65_HS1-834228961_62-HQ-83894_Section_4
Agency: FBI
Page 62
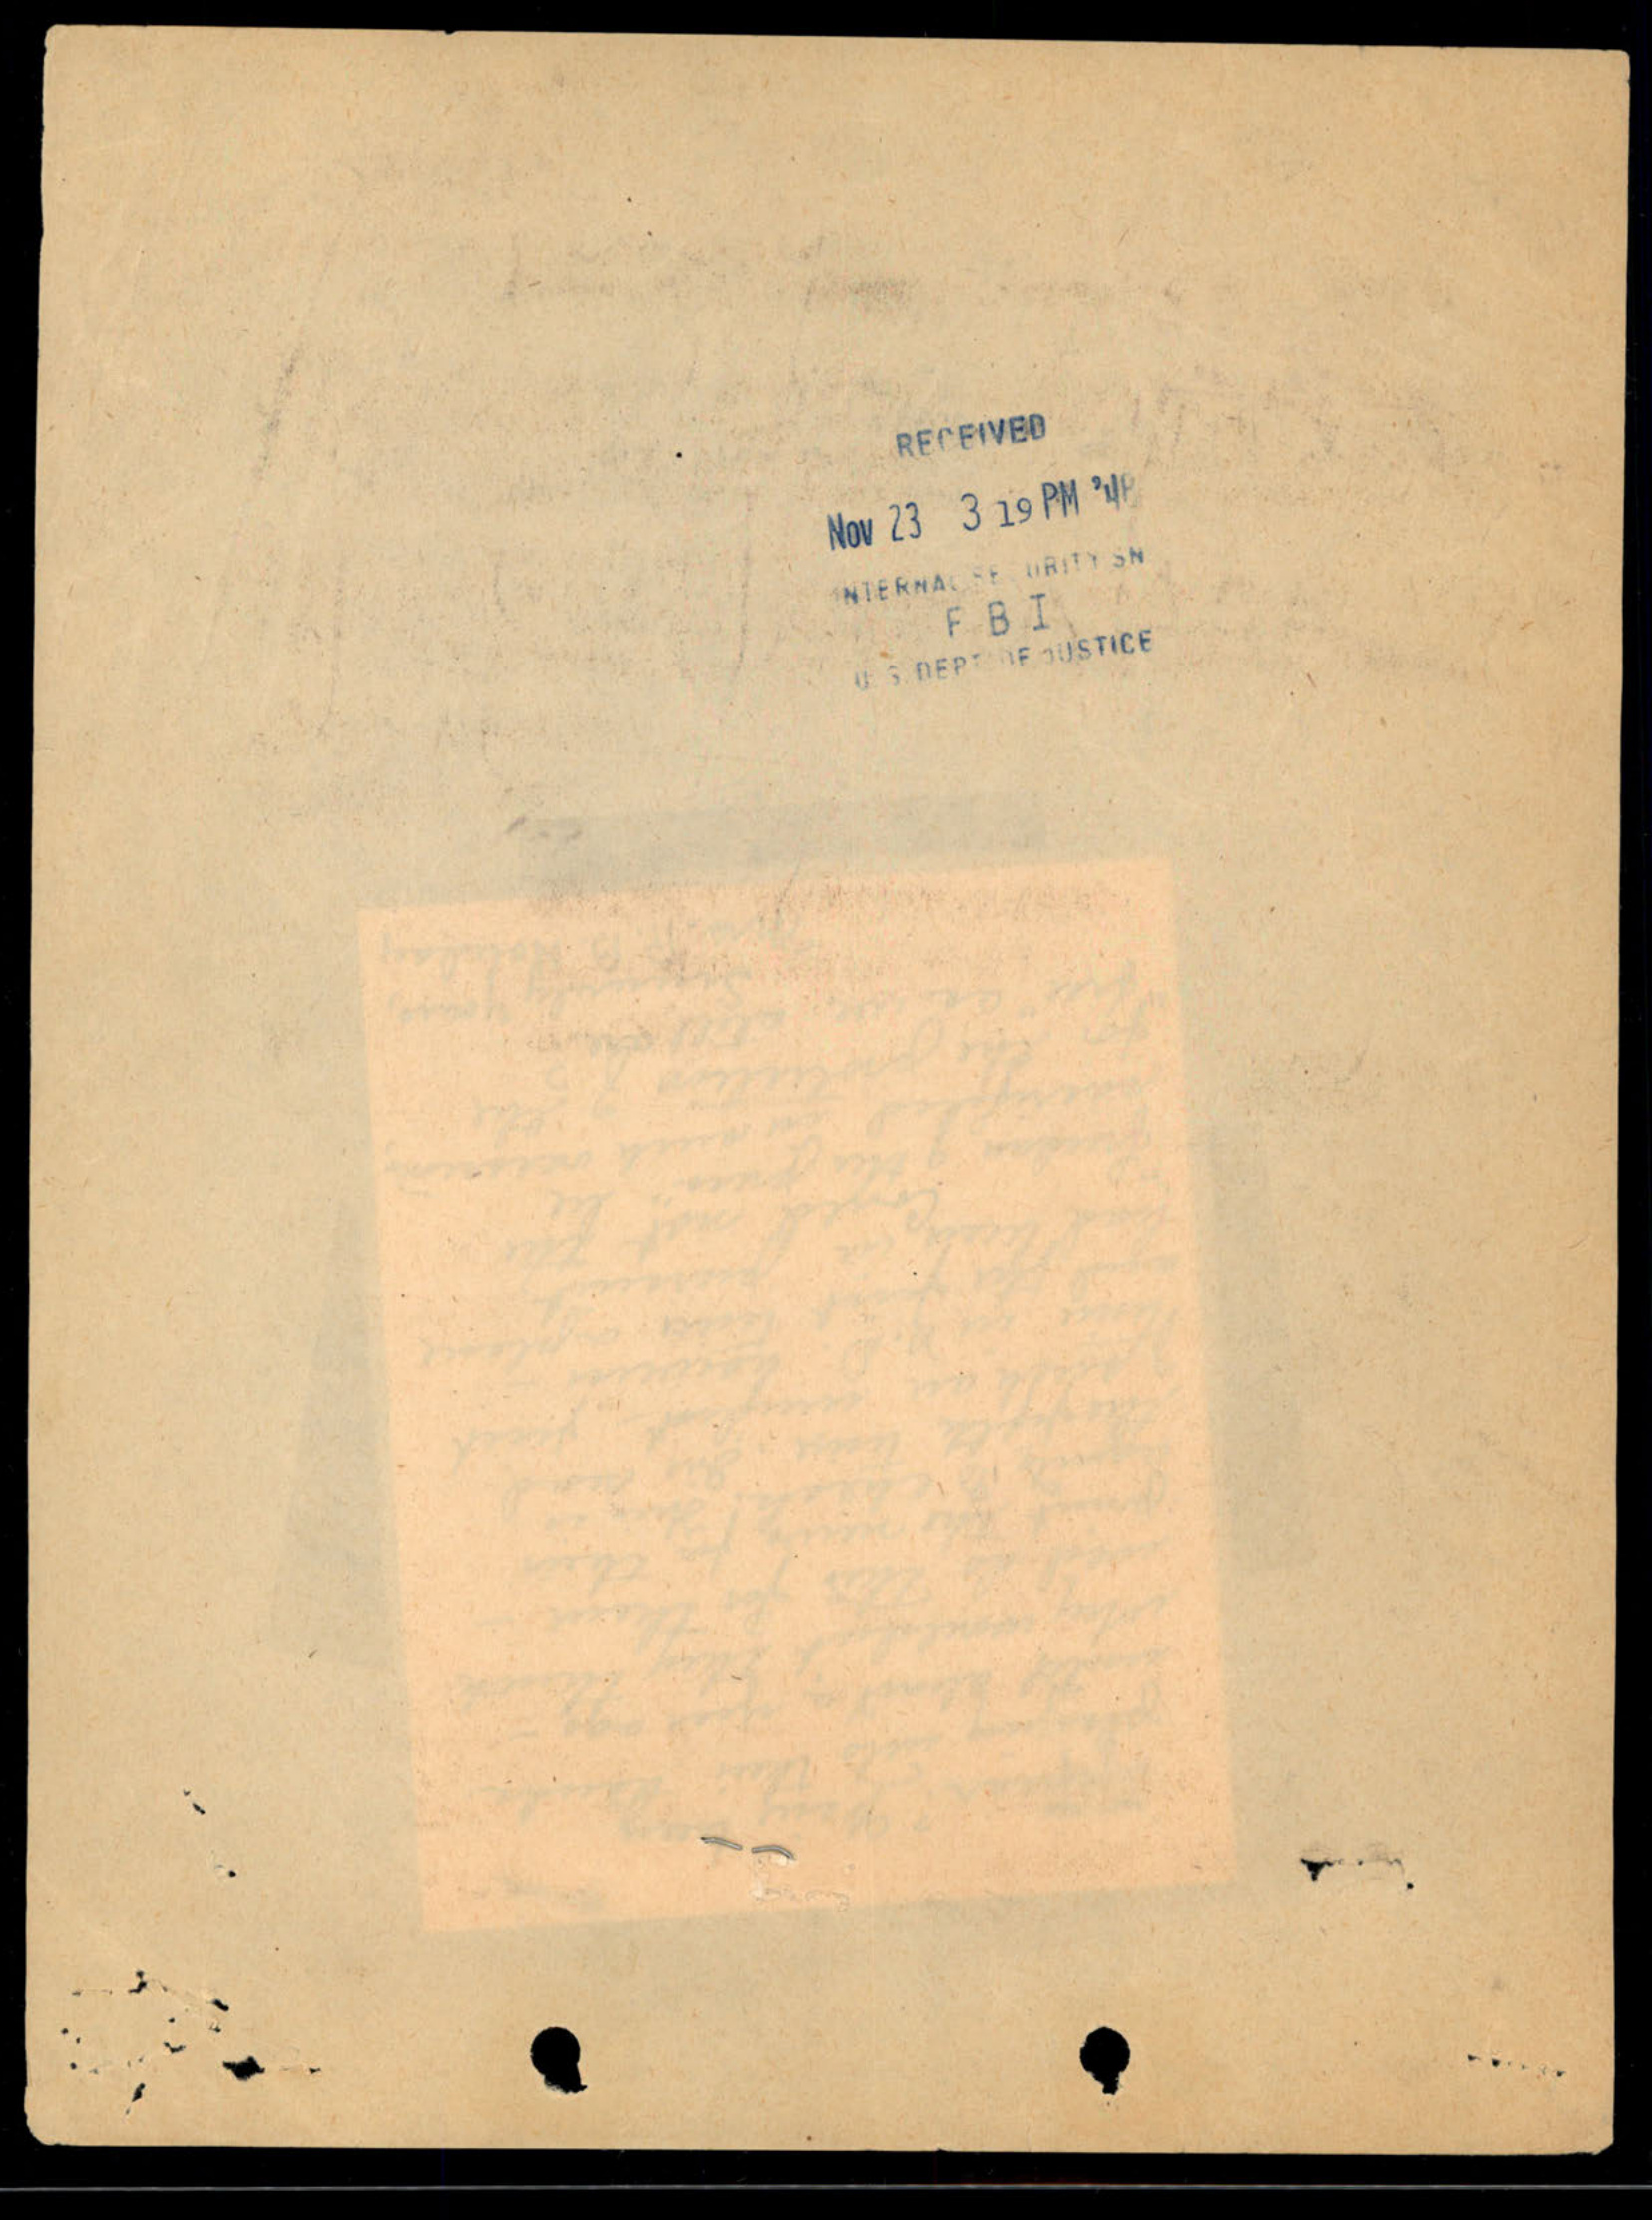